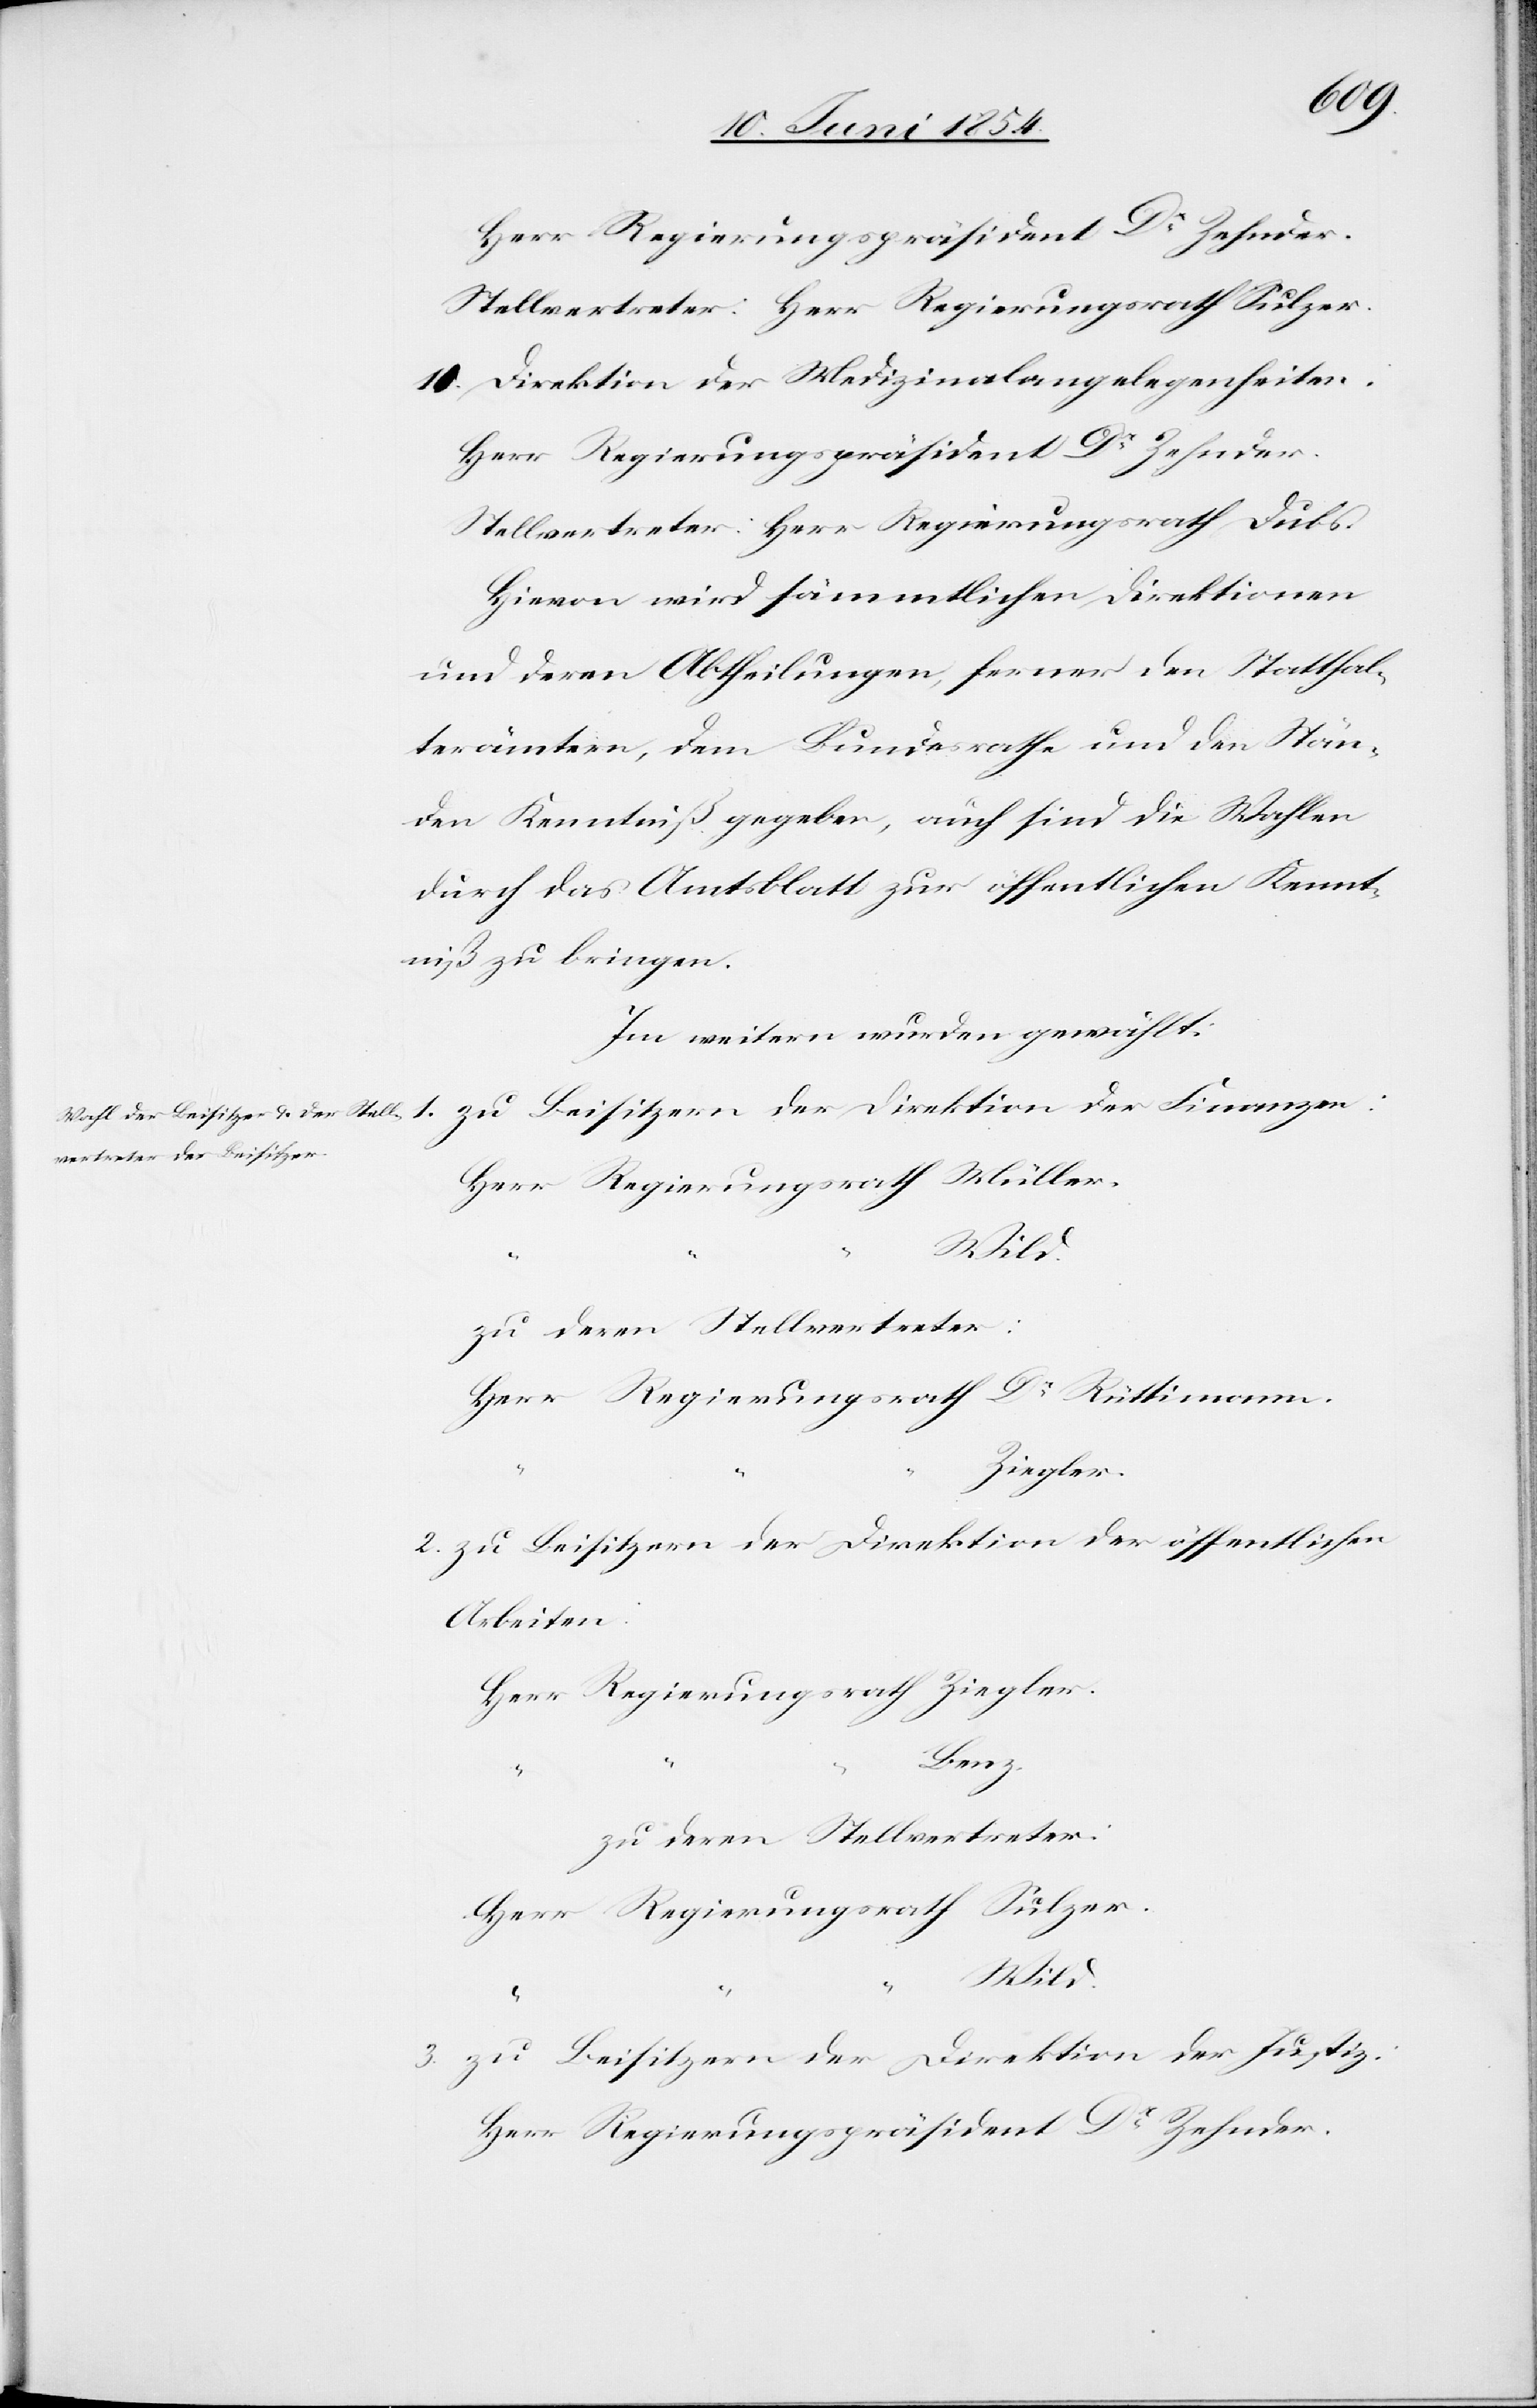
Herr Regierungspräsident Dr Zehnder.
Stellvertreter: Herr Regierungsrath Sulzer.
10. Direktion der Medizinalangelegenheiten:
Stellvertreter: Herr Regierungsrath Dubs.
Hievon wird sämmtlichen Direktionen
und deren Abtheilungen, ferner den Statthal¬
terämtern, dem Bundesrathe und den Stän¬
den Kenntniß gegeben, auch sind die Wahlen
durch das Amtsblatt zur öffentlichen Kennt¬
niß zu bringen.
Im weitern wurden gewählt:
Rüttimann.
“
zu deren Stellvertreter:
Ziegler.
zu Beisitzern der Direktion der öffentlichen
Arbeiten:
sident
Zehnder.
zu Beisitzern der Direktion der Justiz: